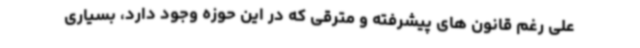
علی رغم قانون های پیشرفته و مترقی که در این حوزه وجود دارد، بسیاری